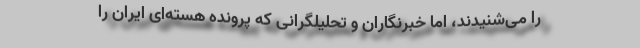
را می‌شنیدند، اما خبرنگاران و تحلیلگرانی که پرونده هسته‌ای ایران را